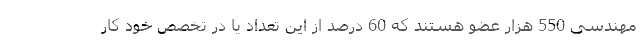
مهندسی 550 هزار عضو هستند که 60 درصد از این تعداد یا در تخصص خود کار